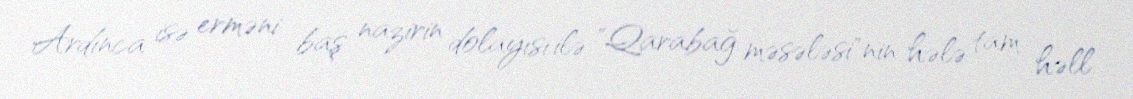
Ardınca isə erməni baş nazirin dolayısı ilə "Qarabağ məsələsi"nin hələ tam həll